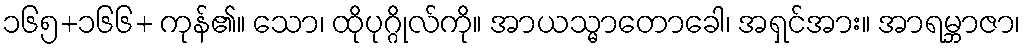
၁၆၅+၁၆၆+ ကုန်၏။ သော၊ ထိုပုဂ္ဂိုလ်ကို။ အာယသ္မာတောခေါ၊ အရှင်အား။ အာရမ္ဘာဇာ၊